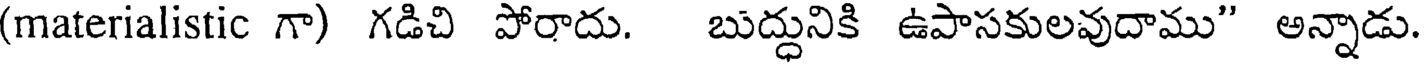
(materialistic గా) గడిచి పోరాదు. బుద్ధునికి ఉపాసకులవుదాము" అన్నాడు.